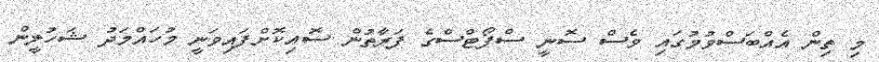
މި ތިން އެއްބަސްވުމުގައި ވެސް ސޮނީ ސްޕޯޓްސްގެ ފަރާތުން ސޮއިކޮށްފައިވަނީ މުހައްމަދު ޝަހުލީން